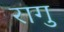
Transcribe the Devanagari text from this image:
रागु